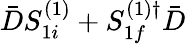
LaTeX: \bar{D}S_{1i}^{(1)}+S_{1f}^{(1)\dagger}\bar{D}